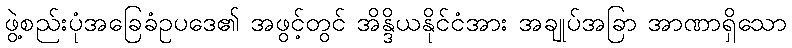
ဖွဲ့စည်းပုံအခြေခံဥပဒေ၏ အဖွင့်တွင် အိန္ဒိယနိုင်ငံအား အချုပ်အခြာ အာဏာရှိသော